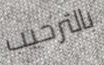
بالترحيب